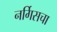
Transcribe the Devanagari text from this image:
नर्गिसचा